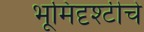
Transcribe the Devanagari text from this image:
भूमिदृश्टीचे